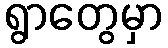
ရွာတွေမှာ